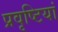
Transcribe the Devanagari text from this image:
प्रवृष्‍टियां